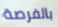
بالفرصة